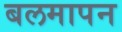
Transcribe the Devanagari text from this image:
बलमापन